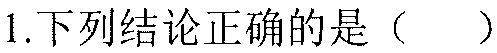
1.下列结论正确的是（  ）